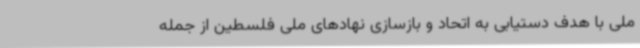
ملی با هدف دستیابی به اتحاد و بازسازی نهادهای ملی فلسطین از جمله